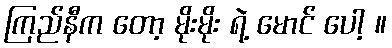
ကြည်နီက တော့ မိုးမိုး ရဲ့ မောင် ပေါ့ ။